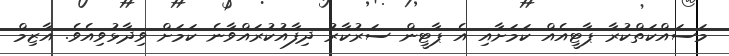
މަސައްކަތްކުރާ ޕާޓީއެއް ކަމަށާއި އެ ޕާޓީން ސަރުކާރު ދިފާއުކުރައްވާނެ ކަމަށް ވިދާޅުވިއެވެ. އާޒިމް